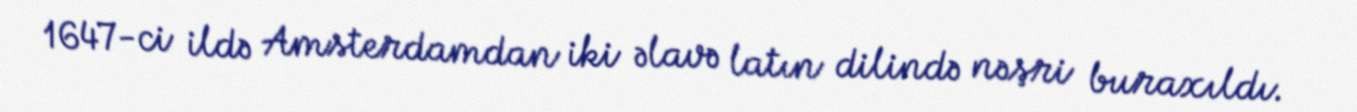
1647-ci ildə Amsterdamdan iki əlavə latın dilində nəşri buraxıldı.